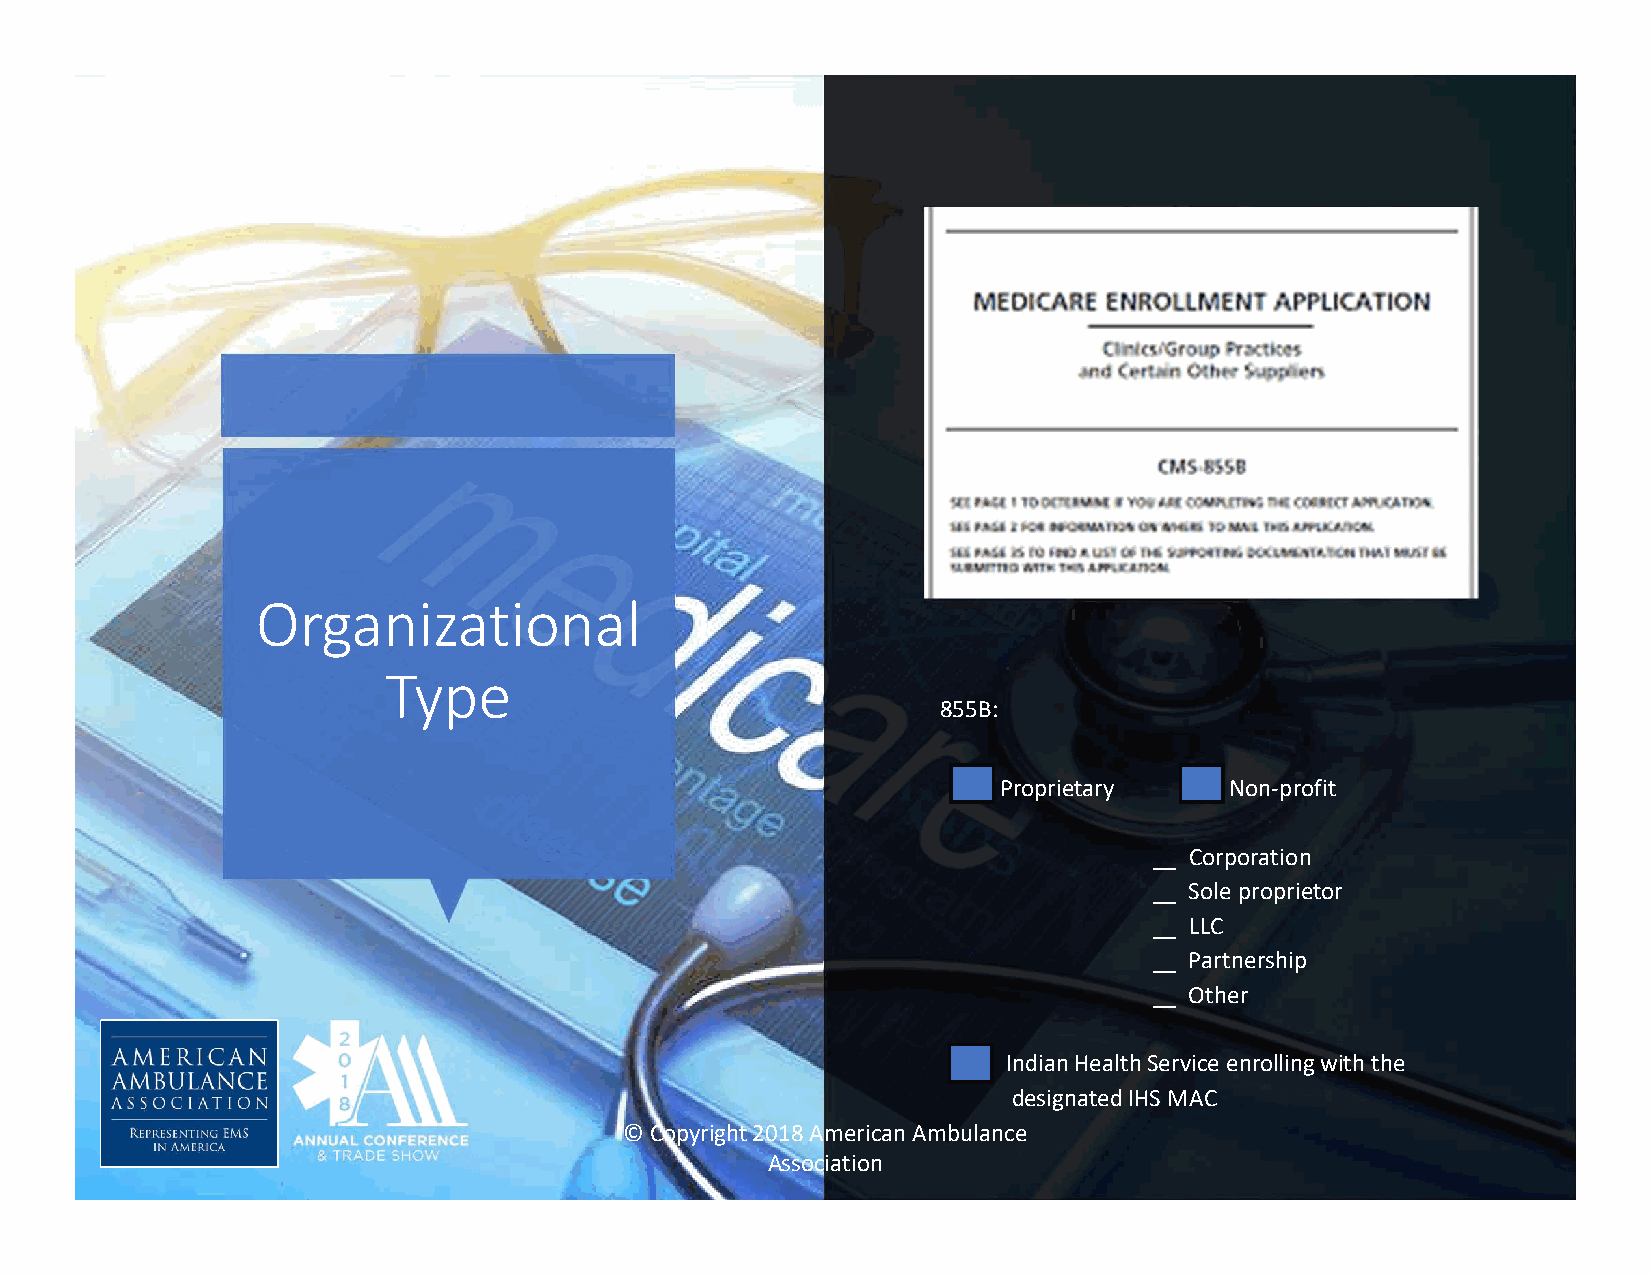
Organizational
 Type
 855B:
 Proprietary    Non-profit
 __ Corporation
 __ Sole proprietor
 __ LLC
 __ Partnership
 __ Other
 Indian Health Service enrolling with the
 designated IHS MAC
 © Copyright 2018 American Ambulance
 Association